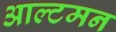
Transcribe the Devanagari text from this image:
आल्टमन